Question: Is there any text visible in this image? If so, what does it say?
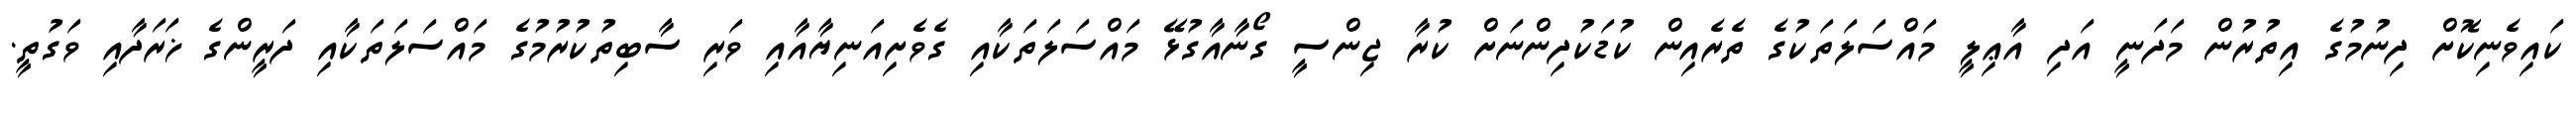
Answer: ކައިވެނިކޮށް ދިނުމުގެ އިތުރުން މަދަނީ އަދި އާޢިލީ މައްސަލަތަކުގެ ތެރެއިން ކުޑަކުދިންނަށް ކުރާ ޖިންސީ ގޯނާއާގުޅޭ މައްސަލަތަކާއި ގެވެށިއަނިޔާއާއި ވަރި ސާބިތުކުރުމުގެ މައްސަލަތަކާއި ދަރީންގެ ޚަރަދާއި ވަގުތީ.